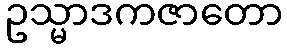
ဥသ္မာဒကဇာတော